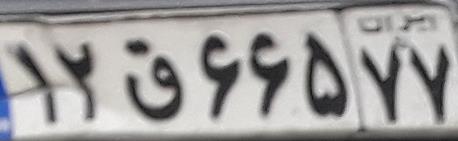
۱۲ق۶۶۵۷۷